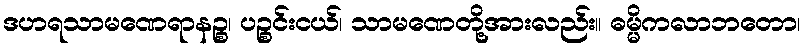
ဒဟရသာမဏေရာနဉ္စ၊ ပဉ္စင်းငယ်၊ သာမဏေတို့အားလည်း။ ဓမ္မိကလာဘတော၊